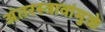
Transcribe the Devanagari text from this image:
अंतरस्त्रावांमुळे